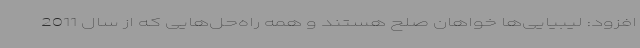
افزود: لیبیایی‌ها خواهان صلح هستند و همه راه‌حل‌هایی که از سال 2011